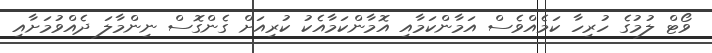
ވޯޓް ލުމުގެ ހުރިހާ ކަމެއްވެސް އަމާންކަމާއި އޮމާންކަމާއެކު ކުރިއަށް ގެންގޮސް ނިންމާލަ ދެއްވުމަށާއި